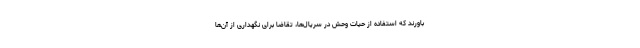
باورند که استفاده از حیات وحش در سریال‌ها، تقاضا برای نگهداری از آن‌ها